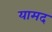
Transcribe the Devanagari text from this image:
यामद